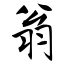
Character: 翁